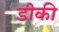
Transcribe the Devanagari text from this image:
डीकी